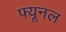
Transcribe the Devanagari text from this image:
फ्यूनल